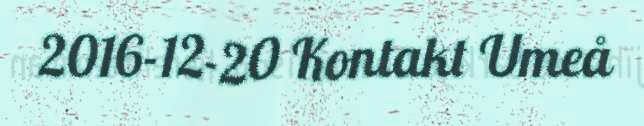
2016-12-20 Kontakt Umeå